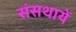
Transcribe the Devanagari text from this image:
संसथायें